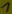
Text: 1